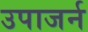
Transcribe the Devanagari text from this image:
उपाजर्न